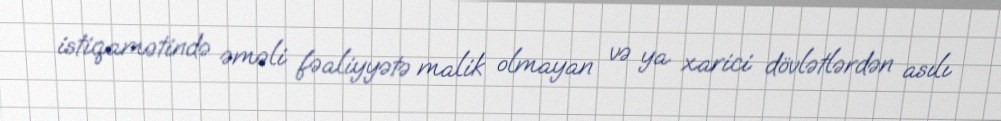
istiqamətində əməli fəaliyyətə malik olmayan və ya xarici dövlətlərdən asılı